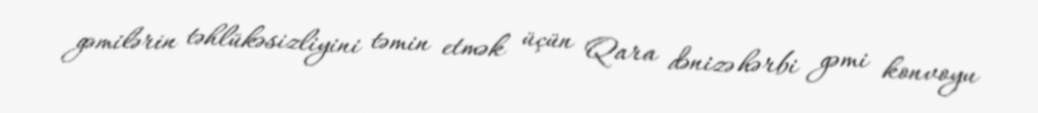
gəmilərin təhlükəsizliyini təmin etmək üçün Qara dənizə hərbi gəmi konvoyu